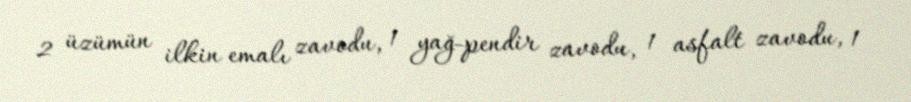
2 üzümün ilkin emalı zavodu, 1 yağ-pendir zavodu, 1 asfalt zavodu, 1